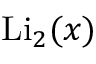
\operatorname { L i } _ { 2 } ( x )